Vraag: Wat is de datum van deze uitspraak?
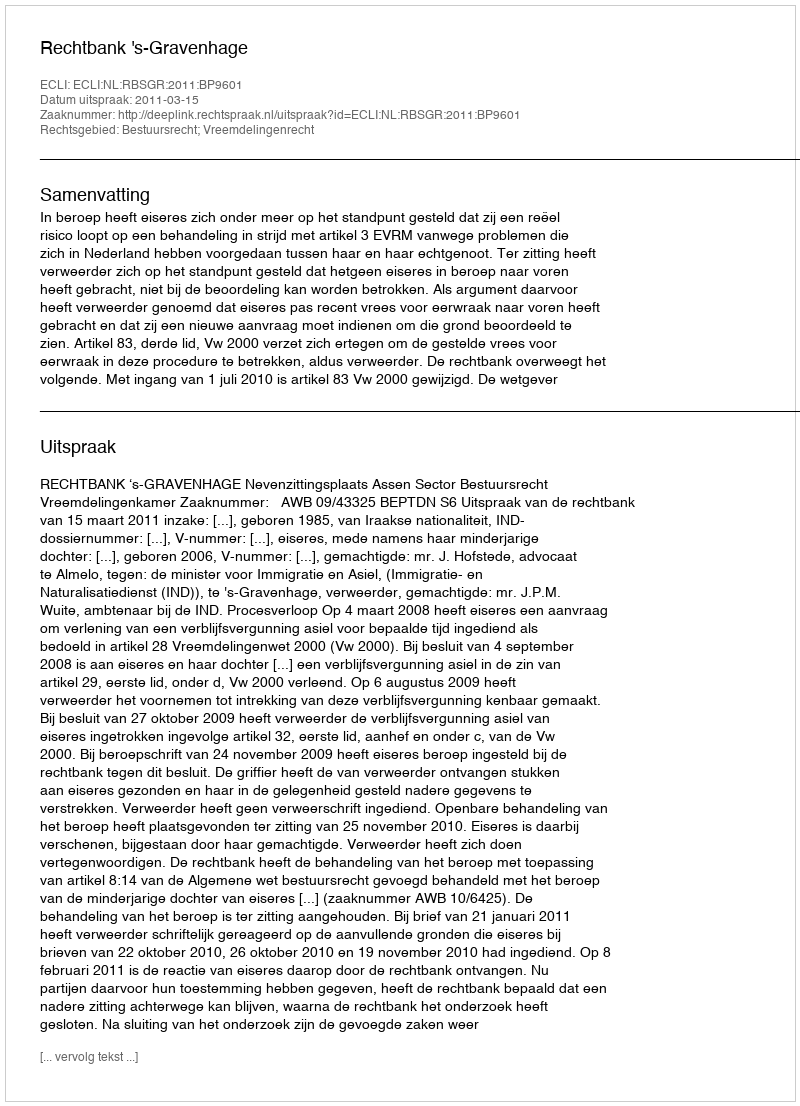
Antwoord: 2011-03-15